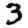
Digit: 3